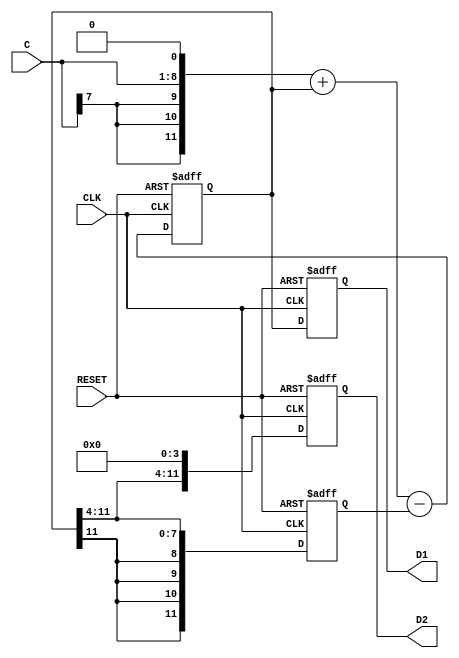
// This program was cloned from: https://github.com/Digital-EDA/Digital-IDE
// License: MIT License

module loop_filter(CLK, RESET, C, D1, D2);
   input         CLK;
   input         RESET;
   input [7:0]   C;
   output [11:0] D1;
   output [11:0] D2;
   reg [11:0]    D1;
   reg [11:0]    D2;
   
   
   reg [11:0]    E;
   reg [11:0]    dtemp;
   
   
always @(posedge CLK or posedge RESET)
	if (RESET == 1'b1) begin
		D1 <= {12{1'b0}};
		D2 <= {12{1'b0}};
		E <= {12{1'b0}};
		dtemp <= {12{1'b0}};
	end
	else begin
		dtemp <= ({C[7], C[7], C[7], C, 1'b0}) + dtemp - E;
		E <= {dtemp[11], dtemp[11], dtemp[11], dtemp[11], dtemp[11:4]};
		D1 <= dtemp;
		D2 <= {dtemp[11:4], 4'b0000};
	end
   
endmodule